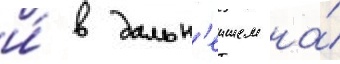
и́ в дальн'еишем на́